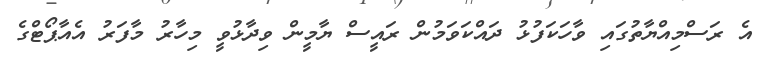
އެ ރަސްމިއްޔާތުގައި ވާހަކަފުޅު ދައްކަވަމުން ރައީސް ޔާމީން ވިދާޅުވީ މިހާރު މާފަރު އެއާޕޯޓްގެ